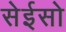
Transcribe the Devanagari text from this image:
सेईसो